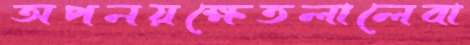
অপনয়ক্ষেতলালেবা